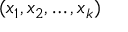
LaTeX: ( x _ { 1 } , x _ { 2 } , \dots , x _ { k } )